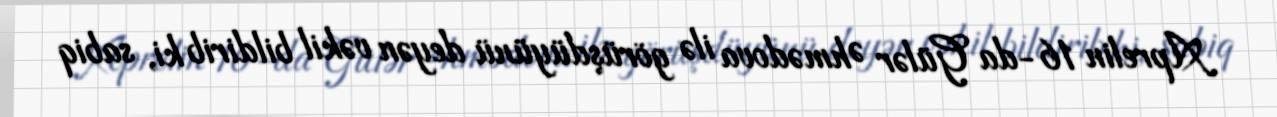
Aprelin 16-da Gülər Əhmədova ilə görüşdüyünü deyən vəkil bildirib ki, sabiq